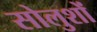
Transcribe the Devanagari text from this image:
सोलुशों